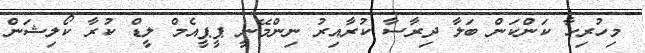
މިހުރިހާ ކަންކަން ބަލާ ދިރާސާ ކުރާއިރު ނިންމޭނީ ޕީޕީއެމް ލީޑް ކުރާ ކޯލިޝަން